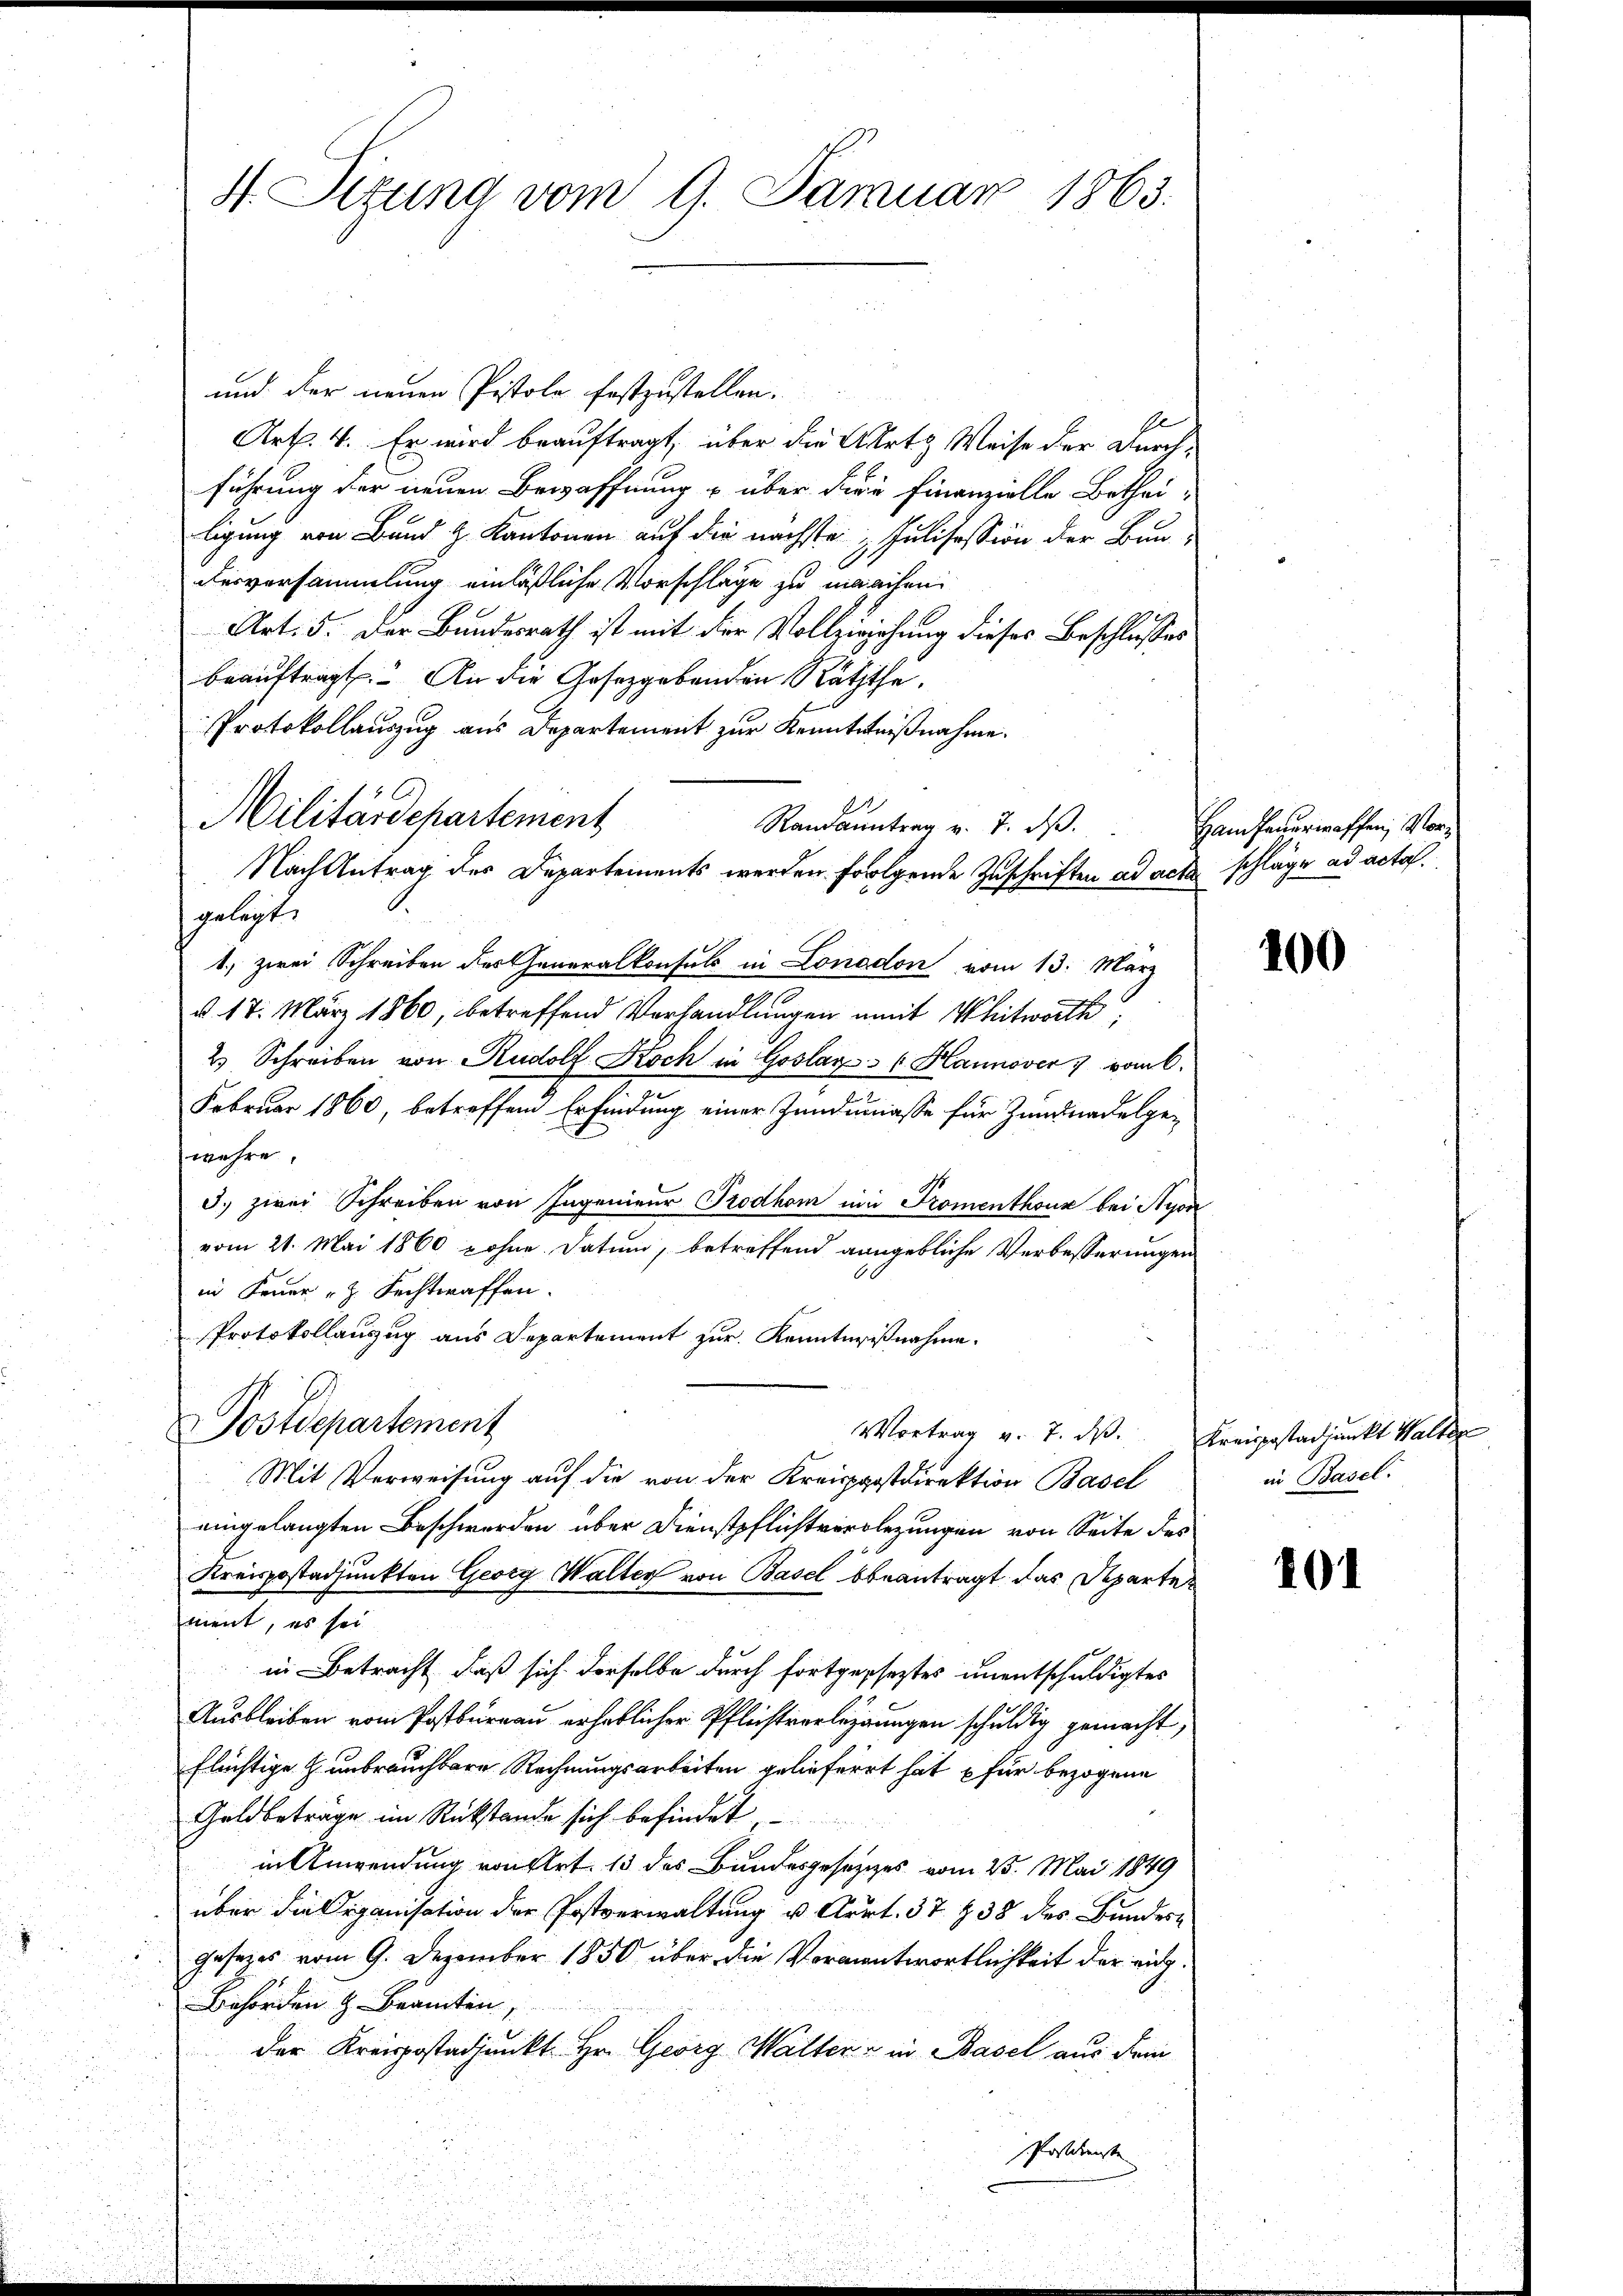
und der neuen Pistole festzustellen.
Art. 4. Er wird beauftragt, über die Art. Weise der Durchführung der neuen Bewaffnung u über die Finanzielle Betheiligung von Band z. Kantonen auf die nächste Julisession der Bun-
desversammlung einläßliche Vorschläge zu manchen
Art. 5. Der Bundesrath ist mit der Vollziehung dieses Beschlusses
beauftragt. An die Gesetzgebenden Räthe,
Protokollauszug aus Departement zur Kenntnißnahme.
Militärdepartement
Randantrag v. 7. ds.
Nach Antrag des Departements werden folgende Zuschriften ad acte schläge ad acta.
gelegt.
1. zwei Schreiben der Generalkonsuls in London vom 13. März
d. 17. März 1860, betreffend Verhandlungen amit Whitworth
2.) Schreiben von Rudolf Koch in Goslar (Hannover 7 vom 6.
Februar 1860, betreffend Erfindung einer Zundumasse für Zundnadelgewehre.
3.) zwei Schreiben von Ingenieur Prodhom ein Promenthonz bei Nyon
vom 21. Mai 1860 zohne Datum, betreffend angebliche Verbesserungen
in Feuer z. Fechtwaffen.
Protokollauszug aus Departement zur Kenntnißnahme.
Postdepartement
Vortrag v. 7. ds. Kreisestadjunkt Walter
Mit Verweisung auf die von der Kreispostdirektion Basel
eingelangten Beschwerden über Dienstpflichtverlegungen von Seite des
Kreispostadjunkten Georg Walter von Basel beantragt das Departement, es sei
in Betracht, daß sich derselbe durch fortgeseztes unentschuldigtes
Ausbleiben vom Postbureau erheblicher Pflichtverlegungen schuldig gemacht,
flüchtige Z. unbrauchbare Rechnungsarbeiten gelieferrt hat für bezogene
Geldbetrage im Rückstände sich befindet,
in Anwendung von Art. 13 des Bundesgesetzes vom 25. Mai 1849
über die Organisation der Postverwaltung u. Art. 37 § 38 des Bundes
Gesezes vom 9. Dezember 1850 über die Vormantwortlichkeit der ei¬
Behörden & Beamten,
der Kreispostadjunkt Hr. Georg Walter - in Basel aus dem
Postchenste

4. Sitzung vom 9. Januar 1863.

Ham feuerwaffen, Vor¬

100

in Basel.

401